Civil Veterinary Department. United Provinces 1923-31 - 1923-1931
Year: 1923
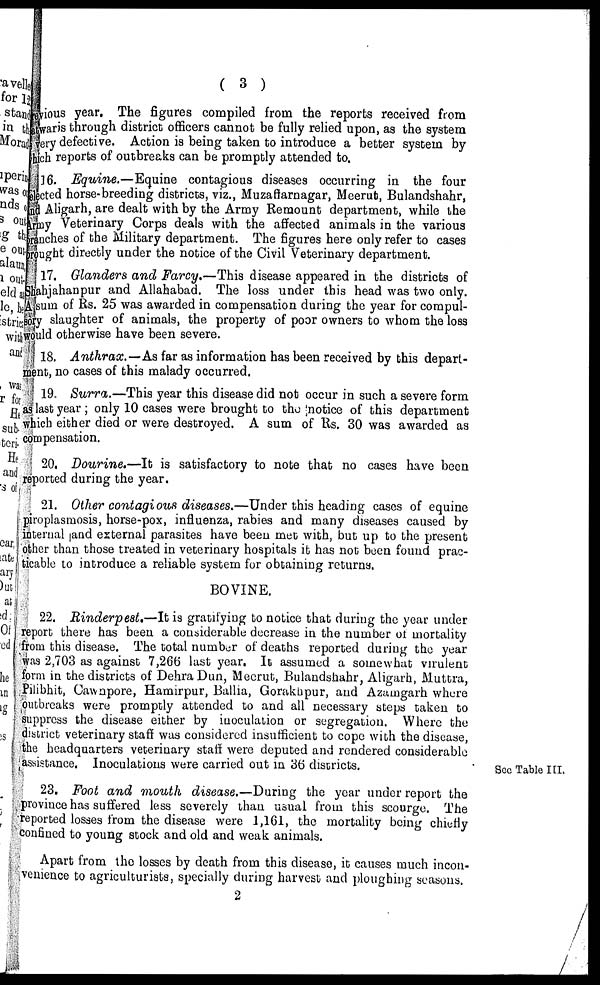
( 3 )
vious year. The figures compiled from the reports received from
waris through district officers cannot be fully relied upon, as the system
ery defective. Action is being taken to introduce a better system by
ch reports of outbreaks can be promptly attended to.
16. Equine.—Equine
contagious diseases occurring in the four
ected horse-breeding districts, viz., Muzaffarnagar, Meerut, Bulandshahr,
d Aligarh, are dealt with by the Army Remount department, while the
my Veterinary Corps deals with the affected animals in the various
anches of the Military department. The figures here only refer to cases
aught directly under the notice of the Civil Veterinary department.
17. Glanders and Farcy.—This disease appeared in the districts of
ahjahanpur and Allahabad. The loss under this head was two only.
sum of Rs. 25 was awarded in compensation during the year for compul-
y slaughter of animals, the property of poor owners to whom the loss
uld otherwise have been severe.
18. Anthrax.—As far as information has been received by this depart-
int, no cases of this malady occurred.
19. Surra.—This year this disease did not occur in such a severe form
last year ; only 10 cases were brought to the notice of this department
ich either died or were destroyed. A sum of Rs. 30 was awarded as
mpensation.
20. Dourine.—It is satisfactory to note that no cases have been
ported during the year.
21. Other contagious diseases.—Under this heading cases of equine
iroplasmosis, horse-pox, influenza, rabies and many diseases caused by
iternal and external parasites have been met with, but up to the present
;her than those treated in veterinary hospitals it has not been found prac-
cable to introduce a reliable system for obtaining returns.
BOVINE.
22. Rinderpest.—It is gratifying to notice that during the year under
eport there has been a considerable decrease in the number of mortality
rom this disease. The total number of deaths reported during the year
was 2,703 as against 7,266 last year. It assumed a somewhat virulent
form in the districts of Dehra Dun, Meerut, Bulandshahr, Aligarh, Muttra,
Pilibhit, Cawnpore, Hamirpur, Ballia, Gorakupur, and Azaingarh where
outbreaks were promptly attended to and all necessary steps taken to
uppress the disease either by inoculation or segregation. Where the
listrict veterinary staff was considered insufficient to cope with the disease,
he headquarters veterinary staff were deputed and rendered considerable
assistance. Inoculations were carried out in 36 districts.
See Table III.
23. Foot and mouth disease.—During the year under report the
province has suffered less severely than usual from this scourge. The
reported losses from the disease were 1,161, the mortality being chiefly
confined to young stock and old and weak animals.
Apart from the losses by death from this disease, it causes much incon-
venience to agriculturists, specially during harvest and ploughing seasons.
2